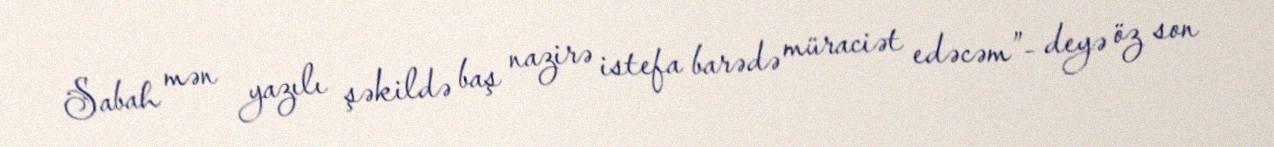
Sabah mən yazılı şəkildə baş nazirə istefa barədə müraciət edəcəm”- deyə öz son